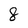
Character: 8